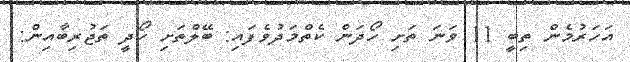
އަހަރުމެން ތިބީ 11 ވަނަ ތަށި ހޯދަން ކެތްމަދުވެފައި: ބޭލްތަށި ހޯދީ ތަޖުރިބާއިން: